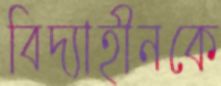
বিদ্যাহীনকে